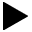
\blacktriangleright